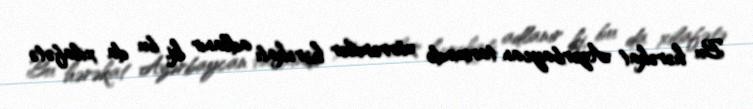
Bu hərəkat Azərbaycan tarixində xürrəmilər hərəkatı adlanır ki, bu da xilafətə